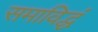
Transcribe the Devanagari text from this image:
समाविद्धं